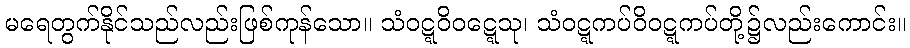
မရေတွက်နိုင်သည်လည်းဖြစ်ကုန်သော။ သံဝဋ္ဋဝိဝဋ္ဋေသု၊ သံဝဋ္ဋကပ်ဝိဝဋ္ဋကပ်တို့၌လည်းကောင်း။